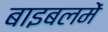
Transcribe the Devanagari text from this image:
बाइबलमें